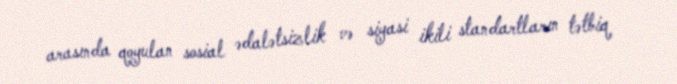
arasında qoyulan sosial ədalətsizlik və siyasi ikili standartların tətbiq